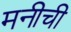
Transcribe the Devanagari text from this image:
मनीची